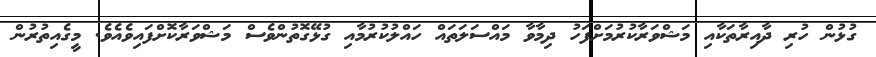
ގުޅުން ހުރި ދާއިރާތަކާއި މަޝްވަރާކުރުމަށްފަހު ދިމާވާ މައްސަލަތައް ހައްލުކުރުމާއި ގުޅޭގޮތުންވެސް މަޝްވަރާކޮށްފައިވެއެވެ. މީގެއިތުރުން